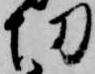
切